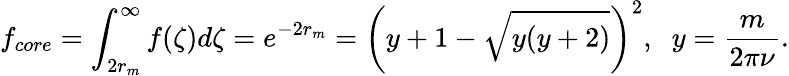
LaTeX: f_{core}=\int_{2r_{m}}^{\infty}f(\zeta)d\zeta=e^{-2r_{m}}=\left(y+1-\sqrt{y(y+2)}\right)^{2},\; \; y=\frac{m}{2\pi\nu}.